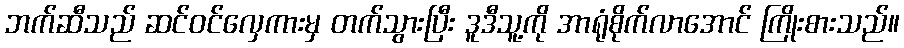
ဘက်ဆီသည် ဆင်ဝင်လှေကားမှ တက်သွားပြီး ဒူဒီသူ့ကို အာရုံစိုက်လာအောင် ကြိုးစားသည်။